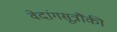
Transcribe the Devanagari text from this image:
वेदांगसूत्रौंकी